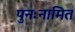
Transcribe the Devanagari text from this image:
पुनःनामित